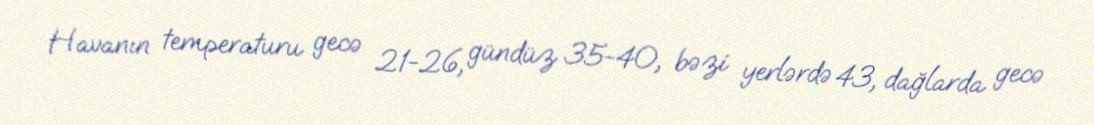
Havanın temperaturu gecə 21-26, gündüz 35-40, bəzi yerlərdə 43, dağlarda gecə